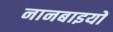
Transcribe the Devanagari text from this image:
नानबाइयों